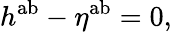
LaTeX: h^{\mathrm{ab}}-\eta^{\mathrm{ab}}=0,